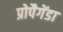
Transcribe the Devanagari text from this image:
प्रोपैगेंडा